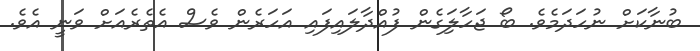
ބުނާކަށް ނުހަދަމެވެ. ބޯ ޖަހާލަިގެން ފުއްދާލައިފައި އަހަރެން ވެސް އެތެރެއަށް ވަނީ އެވެ.